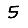
Digit: 5